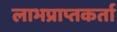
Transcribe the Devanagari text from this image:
लाभप्राप्तकर्ता